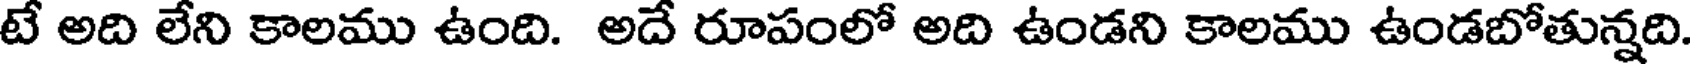
టే అది లేని కాలము ఉంది. అదే రూపంలో అది ఉండని కాలము ఉండబోతున్నది